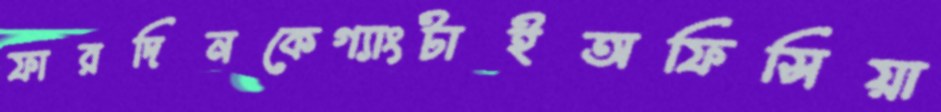
ফারদিনকেগ্যাংটাইঅফিসিয়া